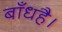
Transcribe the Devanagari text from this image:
बाँधहै।